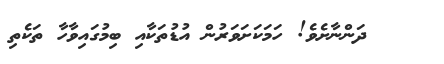
ދަންނާށެވެ! ހަމަކަށަވަރުން އުޑުތަކާއި ބިމުގައިވާހާ ތަކެތި